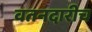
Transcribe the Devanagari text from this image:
वतनदारीच